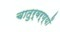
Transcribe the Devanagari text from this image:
चातुर्वर्ण्यों